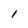
Character: 1